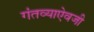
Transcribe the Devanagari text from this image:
गंतव्याऐवजी